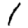
Digit: 1